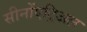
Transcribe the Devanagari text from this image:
सीनोंएट्रिअल